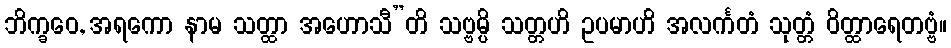
ဘိက္ခဝေ, အရကော နာမ သတ္ထာ အဟောသီ”တိ သဗ္ဗမ္ပိ သတ္တဟိ ဥပမာဟိ အလင်္ကတံ သုတ္တံ ဝိတ္ထာရေတဗ္ဗံ။